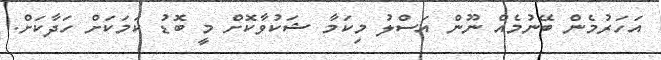
އަހަރުމެން ބޭނުމެއް ނޫން އަސްލު މިކަމާ ޝަކުވާކޮށް މީ ބޮޑު ކަމަކަށް ހަދާކަށް.